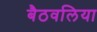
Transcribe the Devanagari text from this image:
बैठवलिया